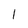
Character: 1